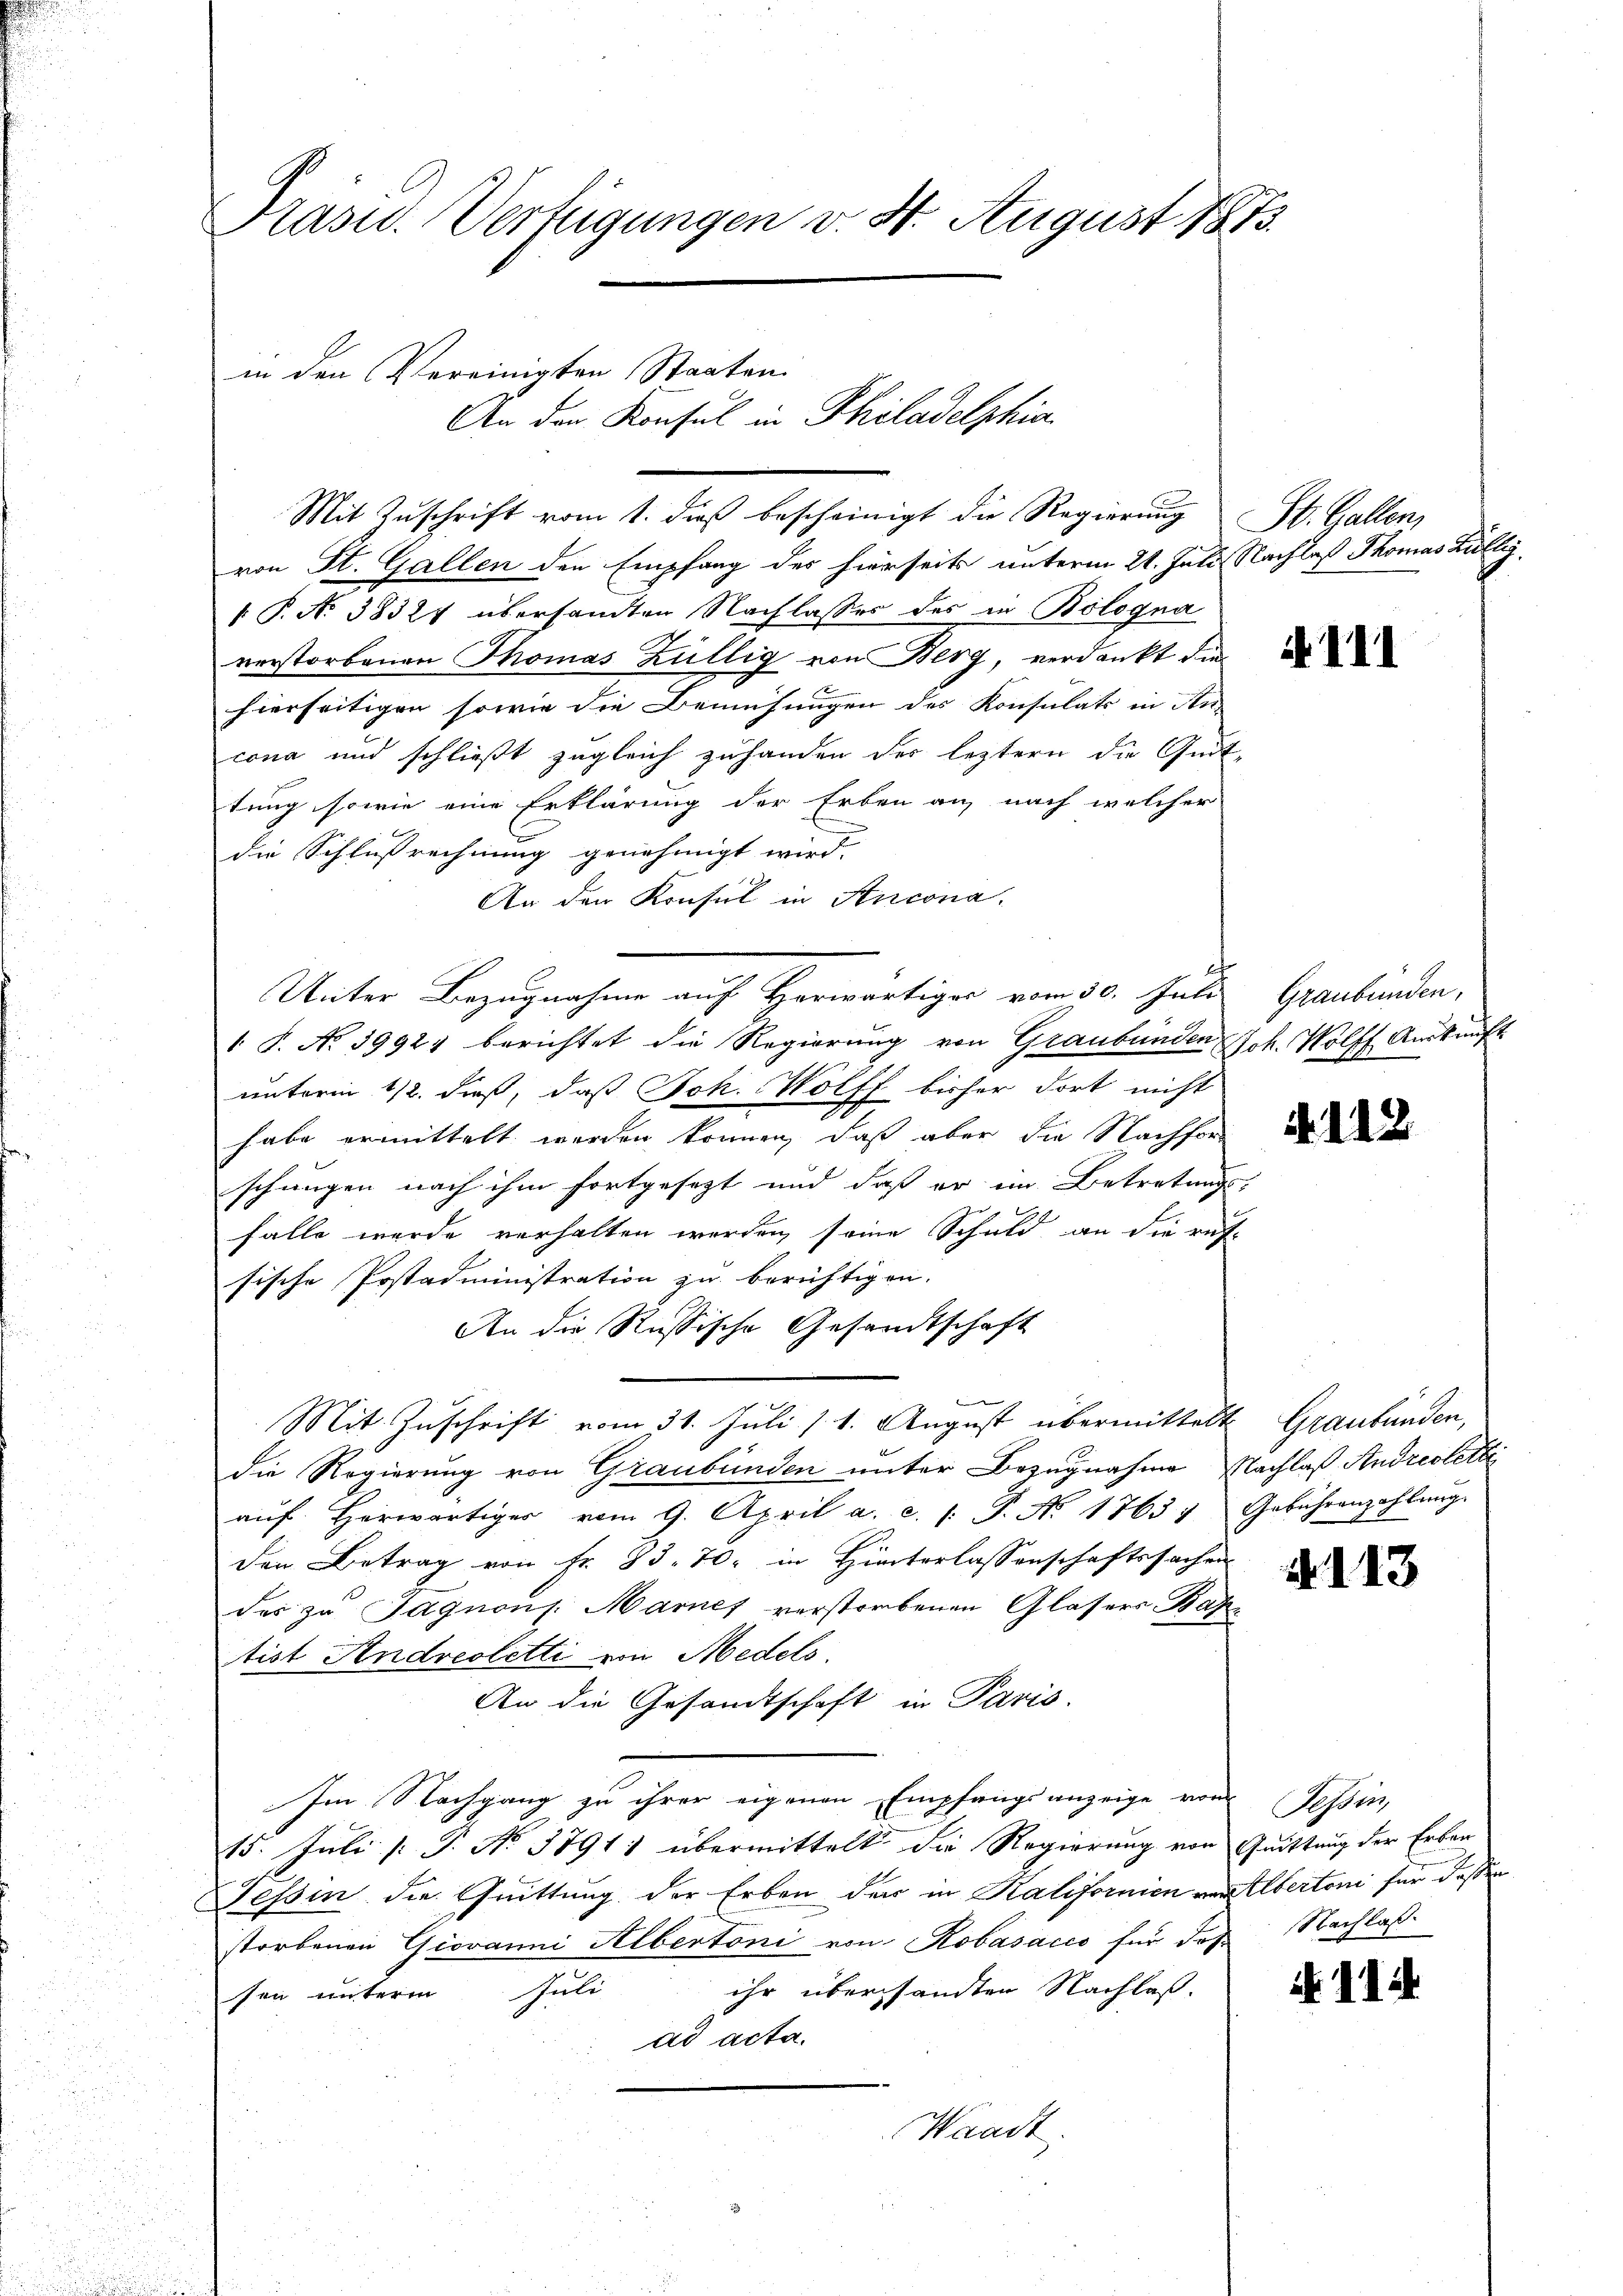
Präsid. Verfügungen v. 4. August 1873.

in den Vereinigten Staaten

Mit Zuschrift vom 1. dieß bescheinigt die Regierung St. Gallen,
von St. Gallen den Empfang des hierseits unterm 21. Juli Nachlaß Thomas Kully,
 P. N. 38321 übersandten Nachlasses des in Bologna
verstorbenen Thomas Züllig von Berg, verdankt die
hierseitigen sowie die Bemühungen des Konsulats in An-
cona und schließt zugleich zuhanden der leztern die Quit-
tung sowie eine Erklärung der Erben an, nach welcher
die Schlußrechnung genehmigt wird.
An den Konsul in Ancona.
Unter Bezugnahme auf Herwärtiges vom 30. Juli
1 S. No 39924 berichtet die Regierung von Graubünden Joh. Wolff Auskunft
unterm 1/2. dieß, daß Joh. Wolff bisher dort nicht
habe ermittelt werden können, daß aber die Nachfor
schungen nach ihm fortgesezt und daß er im Betretungs-
falle wurde verhalten werden seine Schuld an die rus-
sische Postadministration zu berichtigen.
An die Russische Gesandtschaft
Mit Zuschrift vom 31. Juli [1. August übermittelt Graubünden,
die Regierung von Graubünden unter Bezugnahme Nachlaß Andrestetti
aŭf herwärtiger vom 9. April a. c. (T. No 1763 " Gebührenzahlung.
Den Betrag von Fr. 83. 70. in Hinterlassenschaftssachen
des zu Jagnons. Mannes verstorbenen Glasers Base
tist Andreoletti von Medels.
An die Gesandtschaft in Paris.
Im Nachgang zu ihrer eigenen Empfangsanzeige von
15. Juli [: P. Nr. 1791) übermittelt die Regierung von Quittung der Erben
Tessin die Quittung der Erben der in Kalifornien in Albertoni für dassen
storbenen Giovanni Albertoni von Robasacco für das
ihr übersandten Nachlaß.
sen unterm Juli
ad acta.
Waadt.

An der Konsul in Philadelphia

4. 111

Graubünden,

. 112.

2

Tessin,
Nachlass

2

)

.

1